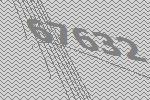
67632